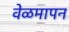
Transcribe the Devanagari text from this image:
वेळमापन